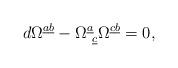
LaTeX: \begin{align*}d\Omega ^{\underline a\underline b} -\Omega ^{\underline a}_{~\underline c} \Omega ^{\underline c \underline b}= 0,\end{align*}